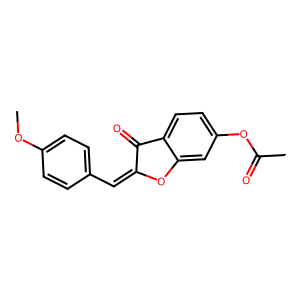
SMILES: COc1ccc(C=C2Oc3cc(OC(C)=O)ccc3C2=O)cc1
Inhibits HIV replication: No